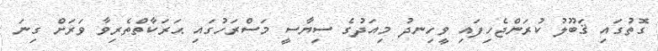
ގޮތުގައި ޤަބޫލު ކުރަންޖެހިފައި ވީހިނދު މިއަދުގެ ސިޔާސީ މަސްރަހުގައި ޙަރަކާތްތެރިވާ ވަރަށް ގިނަ